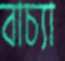
বাচ্যা